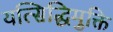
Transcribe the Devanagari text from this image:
यत्सिद्धिमुक्ति